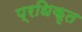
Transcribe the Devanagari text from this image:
प्रधिकृत